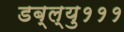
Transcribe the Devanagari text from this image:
डब्ल्यु१११